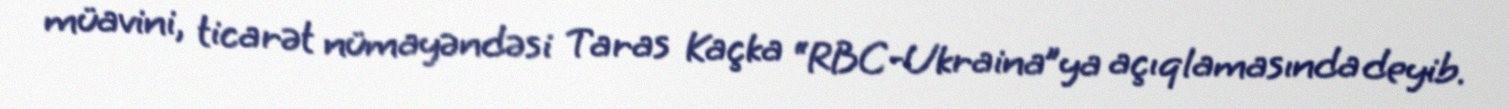
müavini, ticarət nümayəndəsi Taras Kaçka “RBC-Ukraina”ya açıqlamasında deyib.